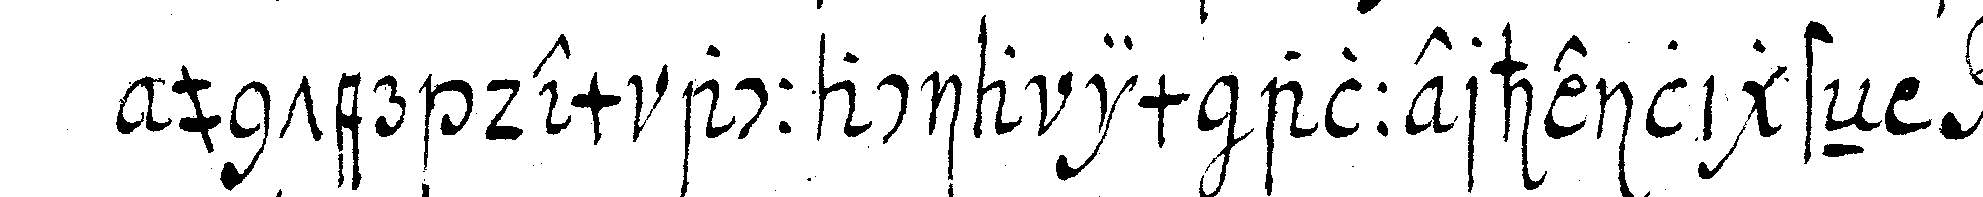
unter dem accacia im allerheiligsteN